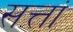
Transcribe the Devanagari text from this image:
सत्तां